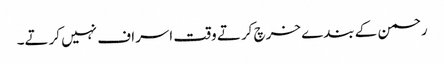
رحمن کے بندے خرچ کرتے وقت اسراف نہیں کرتے۔